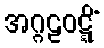
အဂ္ဂဠဝဋ္ဋိံ